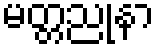
မတ္တညုနာ